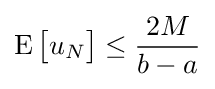
\operatorname {E} {\big [}u_{N}{\big ]}\leq {\frac {2M}{b-a}}